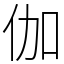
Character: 伽